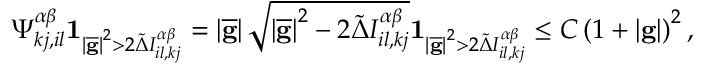
\Psi _ { k j , i l } ^ { \alpha \beta } \mathbf { 1 } _ { \left\vert \overline { { \mathbf { g } } } \right\vert ^ { 2 } > 2 \widetilde { \Delta } I _ { i l , k j } ^ { \alpha \beta } } = \left\vert \overline { { \mathbf { g } } } \right\vert \sqrt { \left\vert \overline { { \mathbf { g } } } \right\vert ^ { 2 } - 2 \widetilde { \Delta } I _ { i l , k j } ^ { \alpha \beta } } \mathbf { 1 } _ { \left\vert \overline { { \mathbf { g } } } \right\vert ^ { 2 } > 2 \widetilde { \Delta } I _ { i l , k j } ^ { \alpha \beta } } \leq C \left( 1 + \left\vert \mathbf { g } \right\vert \right) ^ { 2 } ,